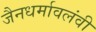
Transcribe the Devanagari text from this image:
जैनधर्मावलंवी